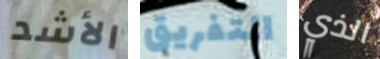
الأشد التفريق الذي